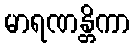
မာရဏန္တိကာ